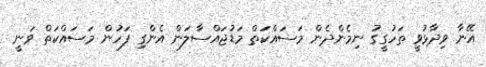
އޭނާ ވިދާޅުވީ ތަހުގީގު ނިމެންދެން މަސައްކަތް މަޑުޖައްސާލަން އެންގި ފަހުން މަސައްކަތް ވަނީ